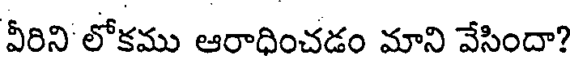
వీరిని లోకము ఆరాధించడం మాని వేసిందా?